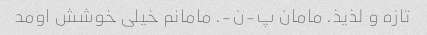
تازه و لذیذ. مامان پ-ن-. مامانم خیلی خوشش اومد